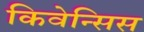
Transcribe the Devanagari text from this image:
किवेन्सिस